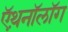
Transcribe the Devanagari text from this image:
ऍथ़नॉलॉग